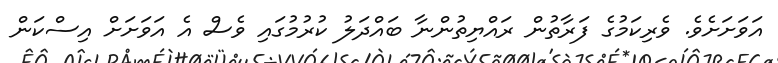
އަވަށަށެވެ. ވެރިކަމުގެ ފަރާތުން ރައްޔިތުންނާ ބައްދަލު ކުރުމުގައި ވެސް އެ އަވަށަށް އިސްކަން